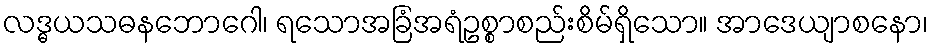
လဒ္ဓယသဓနဘောဂေါ၊ ရသောအခြံအရံဥစ္စာစည်းစိမ်ရှိသော။ အာဒေယျာစနော၊